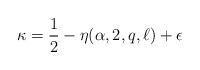
LaTeX: \begin{align*} \kappa = \frac12 - \eta(\alpha,2,q,\ell) + \epsilon \end{align*}